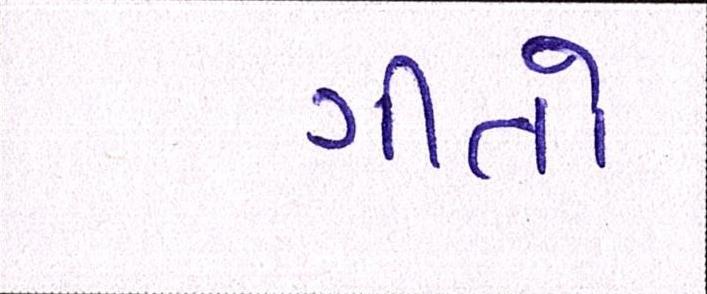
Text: ગીતો